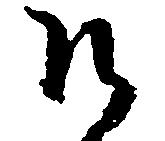
そ